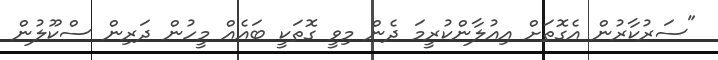
"ސަރުކާރުން އެގޮތަށް އިއުލާންކުރީމަ ދެން މިވީ ގޮތަކީ ބައެއް މީހުން ދަރިން ސްކޫލުން